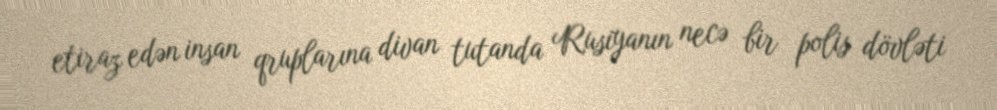
etiraz edən insan qruplarına divan tutanda Rusiyanın necə bir polis dövləti